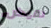
نقيض